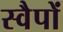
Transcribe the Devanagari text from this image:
स्वैपों